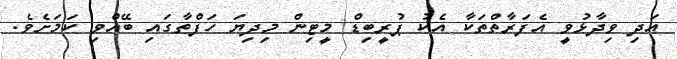
އަދި ވިދާޅުވީ އެފަރާތްތަކާ އެކު ޕުރީބިޑް މީޓިން މިދިޔަ ހަފްތާގައި ބޭއްވި ކަމަށެވެ.